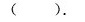
( ).